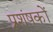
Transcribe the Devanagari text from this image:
प्रशंषकों